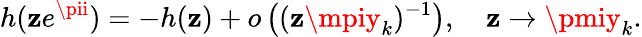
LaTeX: h(\mathbf{z}e^{\pii})=-h(\mathbf{z})+o\left((\mathbf{z}\mpiy_{k})^{-1}\right),\quad\mathbf{z}\to\pmiy_{k}.